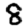
Digit: 8